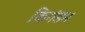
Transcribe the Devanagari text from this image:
किगंडम